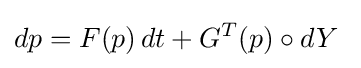
dp=F(p)\,dt+G^{T}(p)\circ dY\